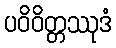
ပဝိဝိတ္တဿုဒံ